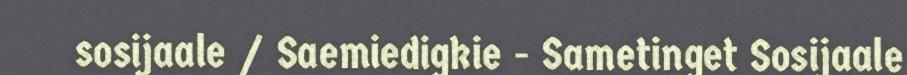
sosijaale / Saemiedigkie - Sametinget Sosijaale